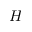
H